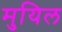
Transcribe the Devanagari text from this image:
मुयिल